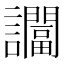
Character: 𬣖